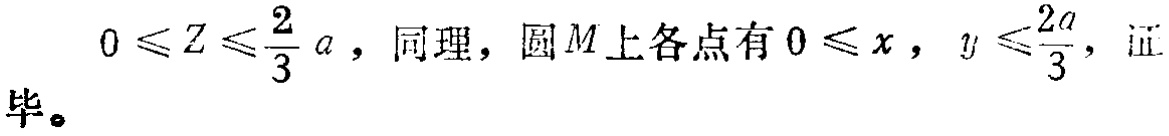
$0\leqslant Z\leqslant\frac{2}{3}a ，同理，圆M上各点有0\leqslant x，y\leqslant\frac{2a}{3}，证毕。$